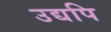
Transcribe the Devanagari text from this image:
उद्यपि